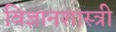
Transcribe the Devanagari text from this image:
विज्ञानशास्त्री